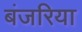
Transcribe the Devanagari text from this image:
बंजरिया